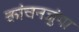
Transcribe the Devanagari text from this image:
कांचनजुंगा